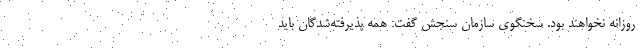
روزانه نخواهند بود. سخنگوی سازمان سنجش گفت: همه پذیرفته‌شدگان باید